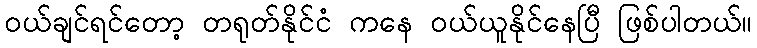
ဝယ်ချင်ရင်တော့ တရုတ်နိုင်ငံ ကနေ ဝယ်ယူနိုင်နေပြီ ဖြစ်ပါတယ်။